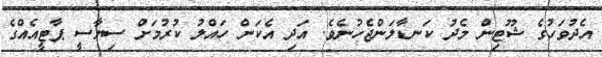
އެދުވަހުގެ ޝޫޓިން މެދު ކަނޑާލަންޖެހުނެވެ. އަދި އެކަން ހައްލު ކުރުމަށް ސިޔާސީ ޕާޓީއެއްގެ